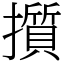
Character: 㩫